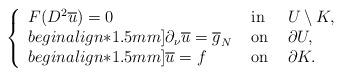
LaTeX: \begin{align*} \left\{\begin{array}{lll}F(D^2\overline{u}) = 0 &\hbox{ in }& U\setminus K,\\begin{align*}1.5mm]\partial_\nu\overline{u} = \overline{g}_N &\hbox{ on }& \partial U,\\begin{align*}1.5mm]\overline u=f &\hbox{ on } & \partial K.\end{array}\right.\end{align*}